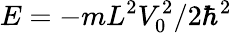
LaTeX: E=-mL^{2}V_{0}^{2}/2\hbar^{2}